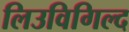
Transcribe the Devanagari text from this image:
लिउविगिल्द